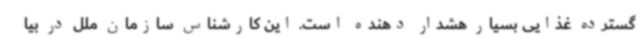
گسترده غذایی بسیار هشدار دهنده است. این کارشناس سازمان ملل در بیا